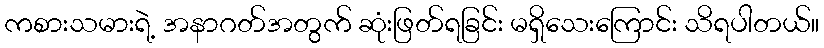
ကစားသမားရဲ့ အနာဂတ်အတွက် ဆုံးဖြတ်ရခြင်း မရှိသေးကြောင်း သိရပါတယ်။